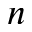
n